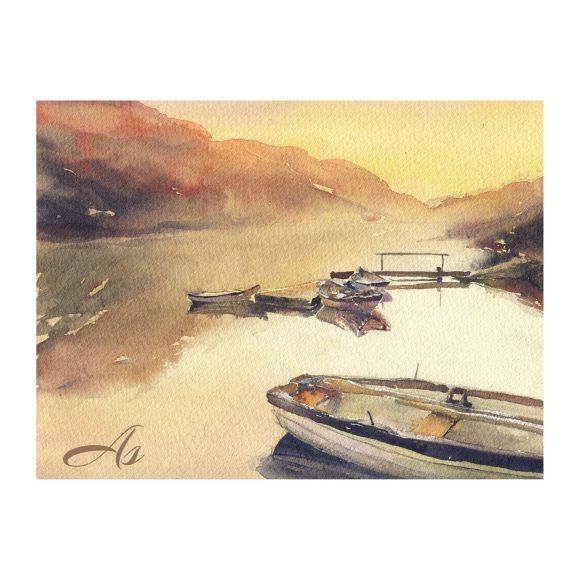
月落乌啼霜满天，江枫渔火对愁眠。